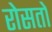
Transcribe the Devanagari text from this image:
रोसतो